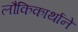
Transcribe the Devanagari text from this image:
लौकिकार्थाने